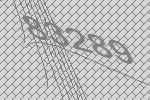
83289